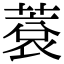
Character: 蔉